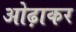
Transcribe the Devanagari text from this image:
ओढ़ाकर